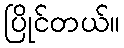
ပြိုင်တယ်။